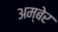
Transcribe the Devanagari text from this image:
अम्बेर